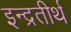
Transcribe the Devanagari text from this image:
इन्द्रतीर्थ